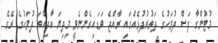
މުޓުންގާ ފަސް ދުވަހުގެ ދަތުރުފުޅެއްގައި ރާއްޖެ ވަޑައިގެންނެވީ މިދިޔަ އާދިއްތަ ދުވަހުގެ ރޭގެ